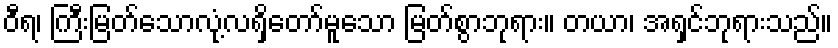
ဝီရ၊ ကြီးမြတ်သောလုံ့လရှိတော်မူသော မြတ်စွာဘုရား။ တယာ၊ အရှင်ဘုရားသည်။